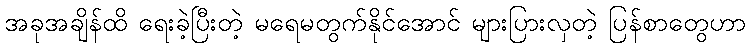
အခုအချိန်ထိ ရေးခဲ့ပြီးတဲ့ မရေမတွက်နိုင်အောင် များပြားလှတဲ့ ပြန်စာတွေဟာ